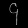
Digit: ၄